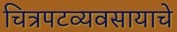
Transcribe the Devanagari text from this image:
चित्रपटव्यवसायाचे